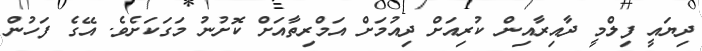
ދިޔައީ ފިލްމީ ދާއިރާއިން ކުރިއަށް ދިއުމަށް އަމްރިތާއަށް ކޮށުނު މަގަކަށެވެ. އޭގެ ފަހުން